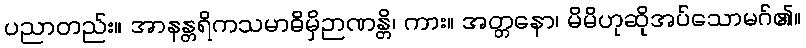
ပညာတည်း။ အာနန္တရိကသမာဓိမှိဉာဏန္တိ၊ ကား။ အတ္တနော၊ မိမိဟုဆိုအပ်သောမဂ်၏။